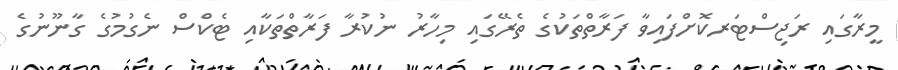
މީރާގައި ރަޖިސްޓަރކޮށްފައިވާ ފަރާތްތަކުގެ ތެރޭގައި މިހާރު ނުކުރާ ފަރާތްތަކާއި ޓެކްސް ނެގުމުގެ ގާނޫނުގެ